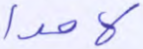
لامدا